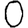
Digit: 0